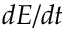
d E / d t